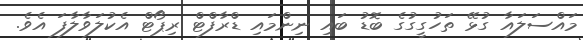
މައްސަލައާ ގުޅޭ ތަހުގީގުގެ ބޮޑު ބައި ނިންމައި ޑްރާފްޓް ރިޕޯޓް އެކުލަވާލާފަ އެވެ.